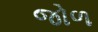
જોળ